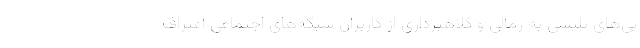
یی‌های پلیسی به رمالی و کلاهبرداری از کاربران شبکه‌های اجتماعی اعتراف